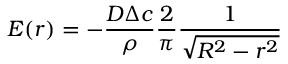
E ( r ) = - \frac { D \Delta c } { \rho } \frac { 2 } { \pi } \frac { 1 } { \sqrt { R ^ { 2 } - r ^ { 2 } } }